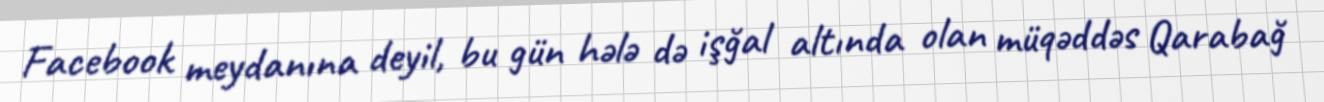
Facebook meydanına deyil, bu gün hələ də işğal altında olan müqəddəs Qarabağ